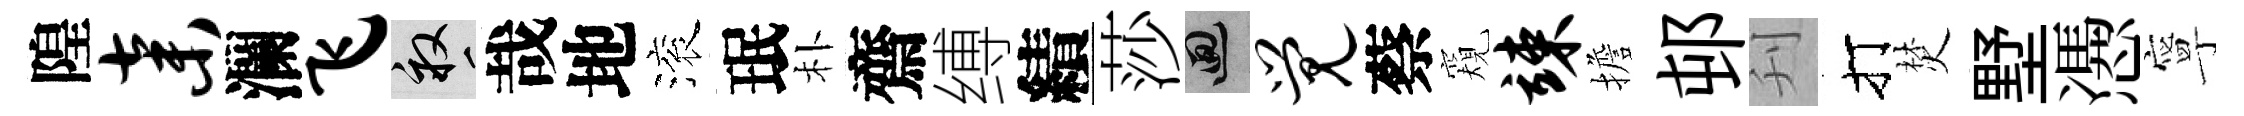
隍弃瀾飞畝哉地滚珉朴齋缚績莎回觉蔡窺竦擔邨刋打焚墅慿寧